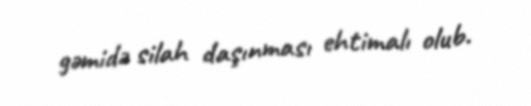
gəmidə silah daşınması ehtimalı olub.